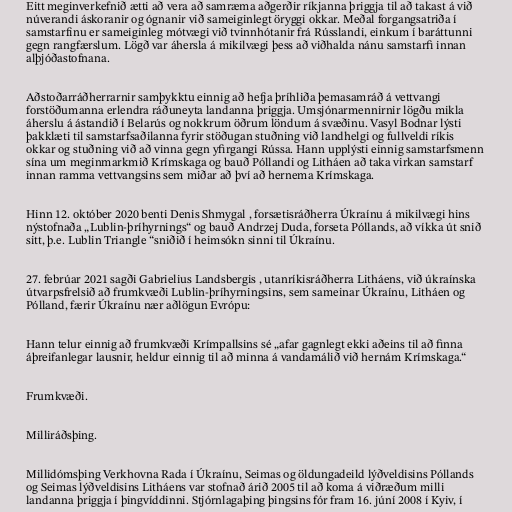
Eitt meginverkefnið ætti að vera að samræma aðgerðir ríkjanna þriggja til að takast á við
núverandi áskoranir og ógnanir við sameiginlegt öryggi okkar. Meðal forgangsatriða í
samstarfinu er sameiginleg mótvægi við tvinnhótanir frá Rússlandi, einkum í baráttunni
gegn rangfærslum. Lögð var áhersla á mikilvægi þess að viðhalda nánu samstarfi innan
alþjóðastofnana.

Aðstoðarráðherrarnir samþykktu einnig að hefja þríhliða þemasamráð á vettvangi
forstöðumanna erlendra ráðuneyta landanna þriggja. Umsjónarmennirnir lögðu mikla
áherslu á ástandið í Belarús og nokkrum öðrum löndum á svæðinu. Vasyl Bodnar lýsti
þakklæti til samstarfsaðilanna fyrir stöðugan stuðning við landhelgi og fullveldi ríkis
okkar og stuðning við að vinna gegn yfirgangi Rússa. Hann upplýsti einnig samstarfsmenn
sína um meginmarkmið Krímskaga og bauð Póllandi og Litháen að taka virkan samstarf
innan ramma vettvangsins sem miðar að því að hernema Krímskaga.

Hinn 12. október 2020 benti Denis Shmygal , forsætisráðherra Úkraínu á mikilvægi hins
nýstofnaða „Lublin-þríhyrnings“ og bauð Andrzej Duda, forseta Póllands, að víkka út snið
sitt, þ.e. Lublin Triangle “sniðið í heimsókn sinni til Úkraínu.

27. febrúar 2021 sagði Gabrielius Landsbergis , utanríkisráðherra Litháens, við úkraínska
útvarpsfrelsið að frumkvæði Lublin-þríhyrningsins, sem sameinar Úkraínu, Litháen og
Pólland, færir Úkraínu nær aðlögun Evrópu:

Hann telur einnig að frumkvæði Krímpallsins sé „afar gagnlegt ekki aðeins til að finna
áþreifanlegar lausnir, heldur einnig til að minna á vandamálið við hernám Krímskaga.“

Frumkvæði.

Milliráðsþing.

Millidómsþing Verkhovna Rada í Úkraínu, Seimas og öldungadeild lýðveldisins Póllands
og Seimas lýðveldisins Litháens var stofnað árið 2005 til að koma á viðræðum milli
landanna þriggja í þingvíddinni. Stjórnlagaþing þingsins fór fram 16. júní 2008 í Kyiv, í